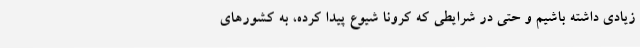
زیادی داشته باشیم و حتی در شرایطی که کرونا شیوع پیدا کرده، به کشورهای